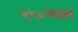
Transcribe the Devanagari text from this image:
२५०च्यावर